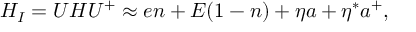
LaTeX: H _ { I } = U H U ^ { + } \approx e n + E ( 1 - n ) + \eta a + \eta ^ { * } a ^ { + } ,